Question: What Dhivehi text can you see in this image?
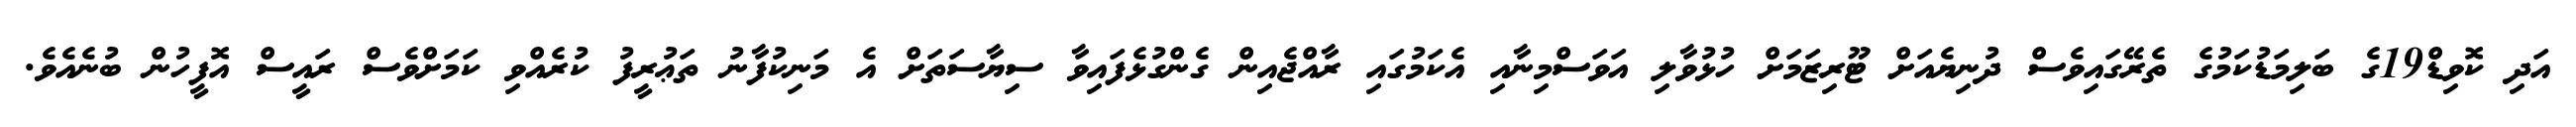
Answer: އަދި ކޮވިޑް19ގެ ބަލިމަޑުކަމުގެ ތެރޭގައިވެސް ދުނިޔެއަށް ޓޫރިޒަމަށް ހުޅުވާލި އަވަސްމިނާއި އެކަމުގައި ރާއްޖެއިން ގެންގުޅެފައިވާ ސިޔާސަތަށް އެ މަނިކުފާނު ތަޢުރީފު ކުރެއްވި ކަމަށްވެސް ރައީސް އޮފީހުން ބުނެއެވެ.